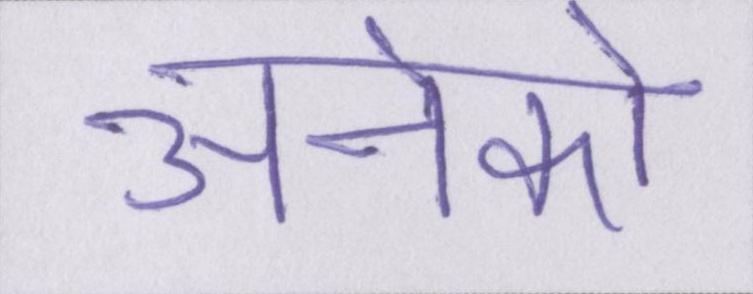
अनेको